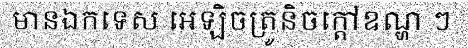
មានឯកទេស អេឡិចត្រូនិចក្តៅឧណ្ហ ៗ